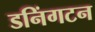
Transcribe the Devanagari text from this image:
डनिंगटन